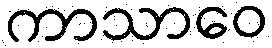
ကာသာဝေ